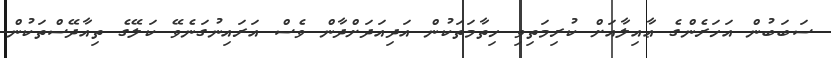
ސަބަބުން އަހަރެންގެ ޢާއިލާއަށް ކުރިމަތިވި ހިތާމަތަކުން އަދިއަދަށްދާން ވެސް އަރައިނުގަނެވޭ ކަލޭގެ ތިއާދޭސްތަކުން